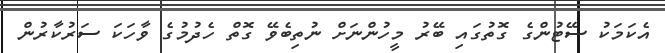
އެކަމަކު ސޭޓުންގެ ގޮތުގައި ބޭރު މީހުންނަށް ނުތިބެވޭ ގޮތް ހެދުމުގެ ވާހަކަ ސަރުކާރުން